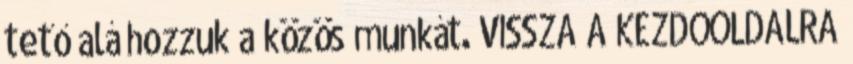
tető alá hozzuk a közös munkát. VISSZA A KEZDŐOLDALRA